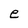
Character: e